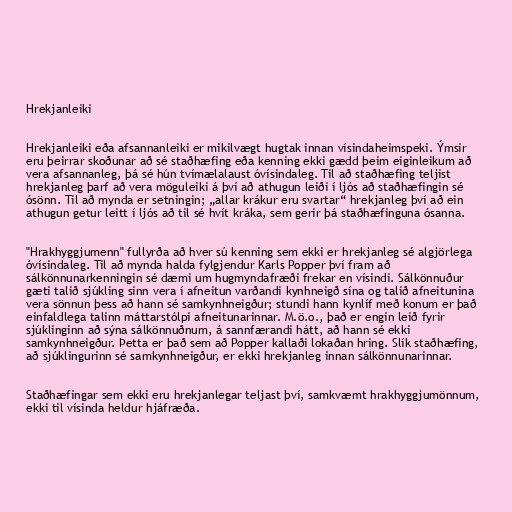
Hrekjanleiki

Hrekjanleiki eða afsannanleiki er mikilvægt hugtak innan vísindaheimspeki. Ýmsir
eru þeirrar skoðunar að sé staðhæfing eða kenning ekki gædd þeim eiginleikum að
vera afsannanleg, þá sé hún tvímælalaust óvísindaleg. Til að staðhæfing teljist
hrekjanleg þarf að vera möguleiki á því að athugun leiði í ljós að staðhæfingin sé
ósönn. Til að mynda er setningin; „allar krákur eru svartar“ hrekjanleg því að ein
athugun getur leitt í ljós að til sé hvít kráka, sem gerir þá staðhæfinguna ósanna.

"Hrakhyggjumenn" fullyrða að hver sú kenning sem ekki er hrekjanleg sé algjörlega
óvísindaleg. Til að mynda halda fylgjendur Karls Popper því fram að
sálkönnunarkenningin sé dæmi um hugmyndafræði frekar en vísindi. Sálkönnuður
gæti talið sjúkling sinn vera í afneitun varðandi kynhneigð sína og talið afneitunina
vera sönnun þess að hann sé samkynhneigður; stundi hann kynlíf með konum er það
einfaldlega talinn máttarstólpi afneitunarinnar. M.ö.o., það er engin leið fyrir
sjúklinginn að sýna sálkönnuðnum, á sannfærandi hátt, að hann sé ekki
samkynhneigður. Þetta er það sem að Popper kallaði lokaðan hring. Slík staðhæfing,
að sjúklingurinn sé samkynhneigður, er ekki hrekjanleg innan sálkönnunarinnar.

Staðhæfingar sem ekki eru hrekjanlegar teljast því, samkvæmt hrakhyggjumönnum,
ekki til vísinda heldur hjáfræða.